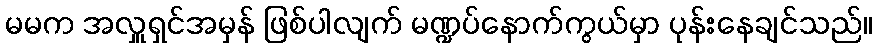
မမက အလှူရှင်အမှန် ဖြစ်ပါလျက် မဏ္ဍပ်နောက်ကွယ်မှာ ပုန်းနေချင်သည်။